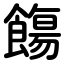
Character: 餳